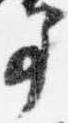
事